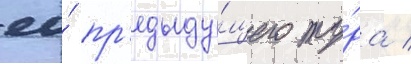
ео́ пр'едыду́щего ту́ра /